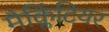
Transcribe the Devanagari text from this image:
मैक्लिंटियर